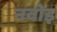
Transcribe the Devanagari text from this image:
नवोइ